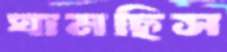
ঘামছিস